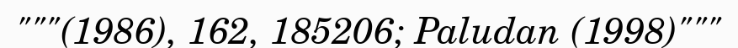
"""(1986), 162, 185206; Paludan (1998)"""